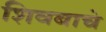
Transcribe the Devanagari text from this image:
शिवबाचे